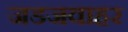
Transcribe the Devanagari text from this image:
जडजवाहर